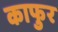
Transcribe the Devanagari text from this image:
काफुर